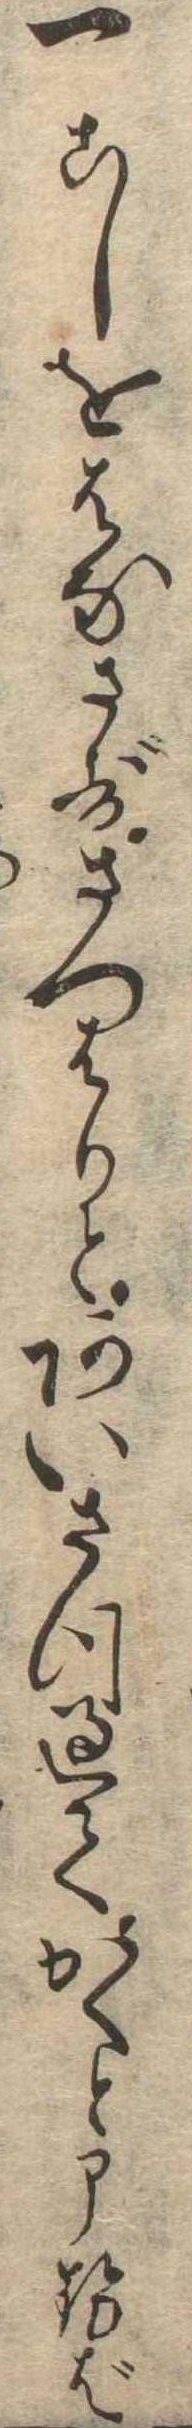
一こしをはなさずさつはりとあいさつ過てかくと申せば